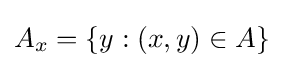
A_{x}=\{y:(x,y)\in A\}